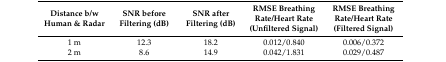
<table><thead><tr><td><b>Distance b/w Human &amp; Radar</b></td><td><b>SNR before Filtering (dB)</b></td><td><b>SNR after Filtering (dB)</b></td><td><b>RMSE Breathing Rate/Heart Rate (Unfiltered Signal)</b></td><td><b>RMSE Breathing Rate/Heart Rate (Filtered Signal)</b></td></tr></thead><tbody><tr><td>1 m</td><td>12.3</td><td>18.2</td><td>0.012/0.840</td><td>0.006/0.372</td></tr><tr><td>2 m</td><td>8.6</td><td>14.9</td><td>0.042/1.831</td><td>0.029/0.487</td></tr></tbody></table>